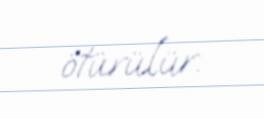
ötürülür.